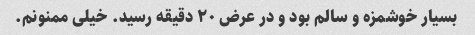
بسیار خوشمزه و سالم بود و در عرض ۲۰ دقیقه رسید. خیلی ممنونم.